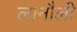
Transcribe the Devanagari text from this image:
लानौली